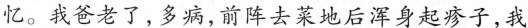
忆。我爸老了，多病,前阵去菜地后浑身起疹子,我